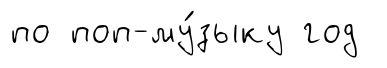
по поп-му́зыку год